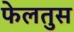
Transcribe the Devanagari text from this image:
फेलतुस